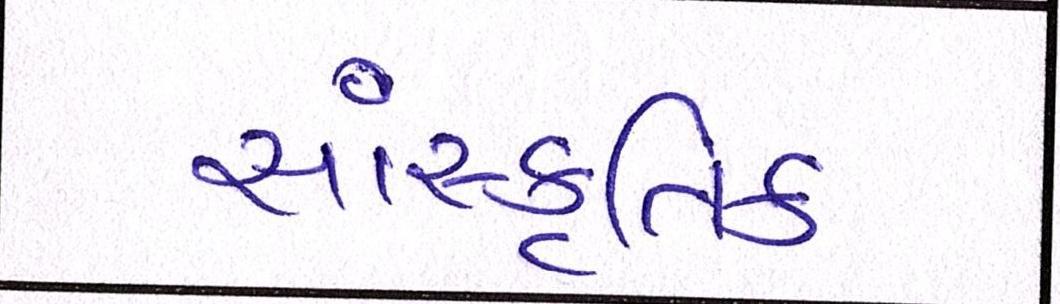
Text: સાંસ્કૃતિક